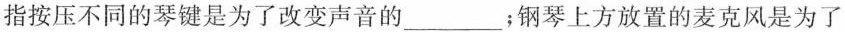
指按压不同的琴键是为了改变声音的___；钢琴上方放置的麦克风是为了